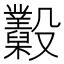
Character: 𣫩